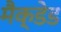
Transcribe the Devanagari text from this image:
मैक्डेड